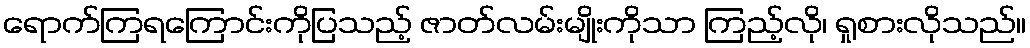
ရောက်ကြရကြောင်းကိုပြသည့် ဇာတ်လမ်းမျိုးကိုသာ ကြည့်လို၊ ရှုစားလိုသည်။